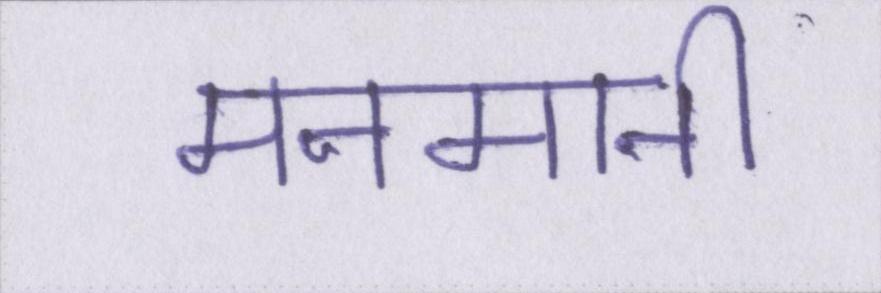
मनमानी